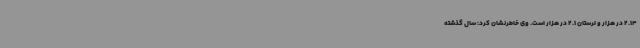
2.14 در هزار و لرستان 2.1 در هزار است. وی خاطرنشان کرد: سال گذشته